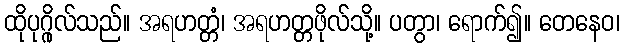
ထိုပုဂ္ဂိုလ်သည်။ အရဟတ္တံ၊ အရဟတ္တဖိုလ်သို့။ ပတွာ၊ ရောက်၍။ တေနေဝ၊